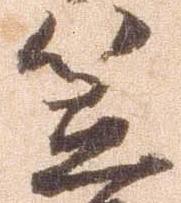
笠